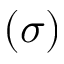
( \sigma )